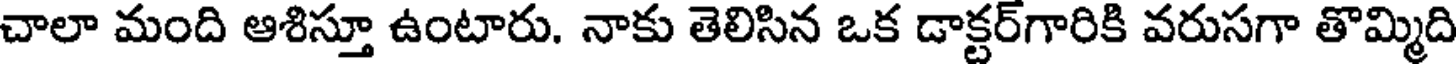
చాలా మంది ఆశిస్తూ ఉంటారు. నాకు తెలిసిన ఒక డాక్టర్గారికి వరుసగా తొమ్మిది